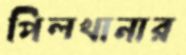
পিলখানার